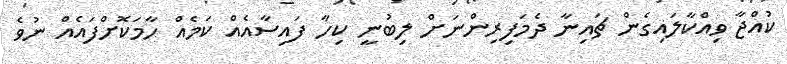
ކުއްޖާ ވިއްކާލައިގެން ޗައިނާ ދެމަފިރިންނަށް ލިބުނީ ކިހާ ފައިސާއެއް ކަމެއް ހާމަކޮށްފައެއް ނުވެ